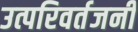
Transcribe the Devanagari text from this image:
उत्परिवर्तजनी